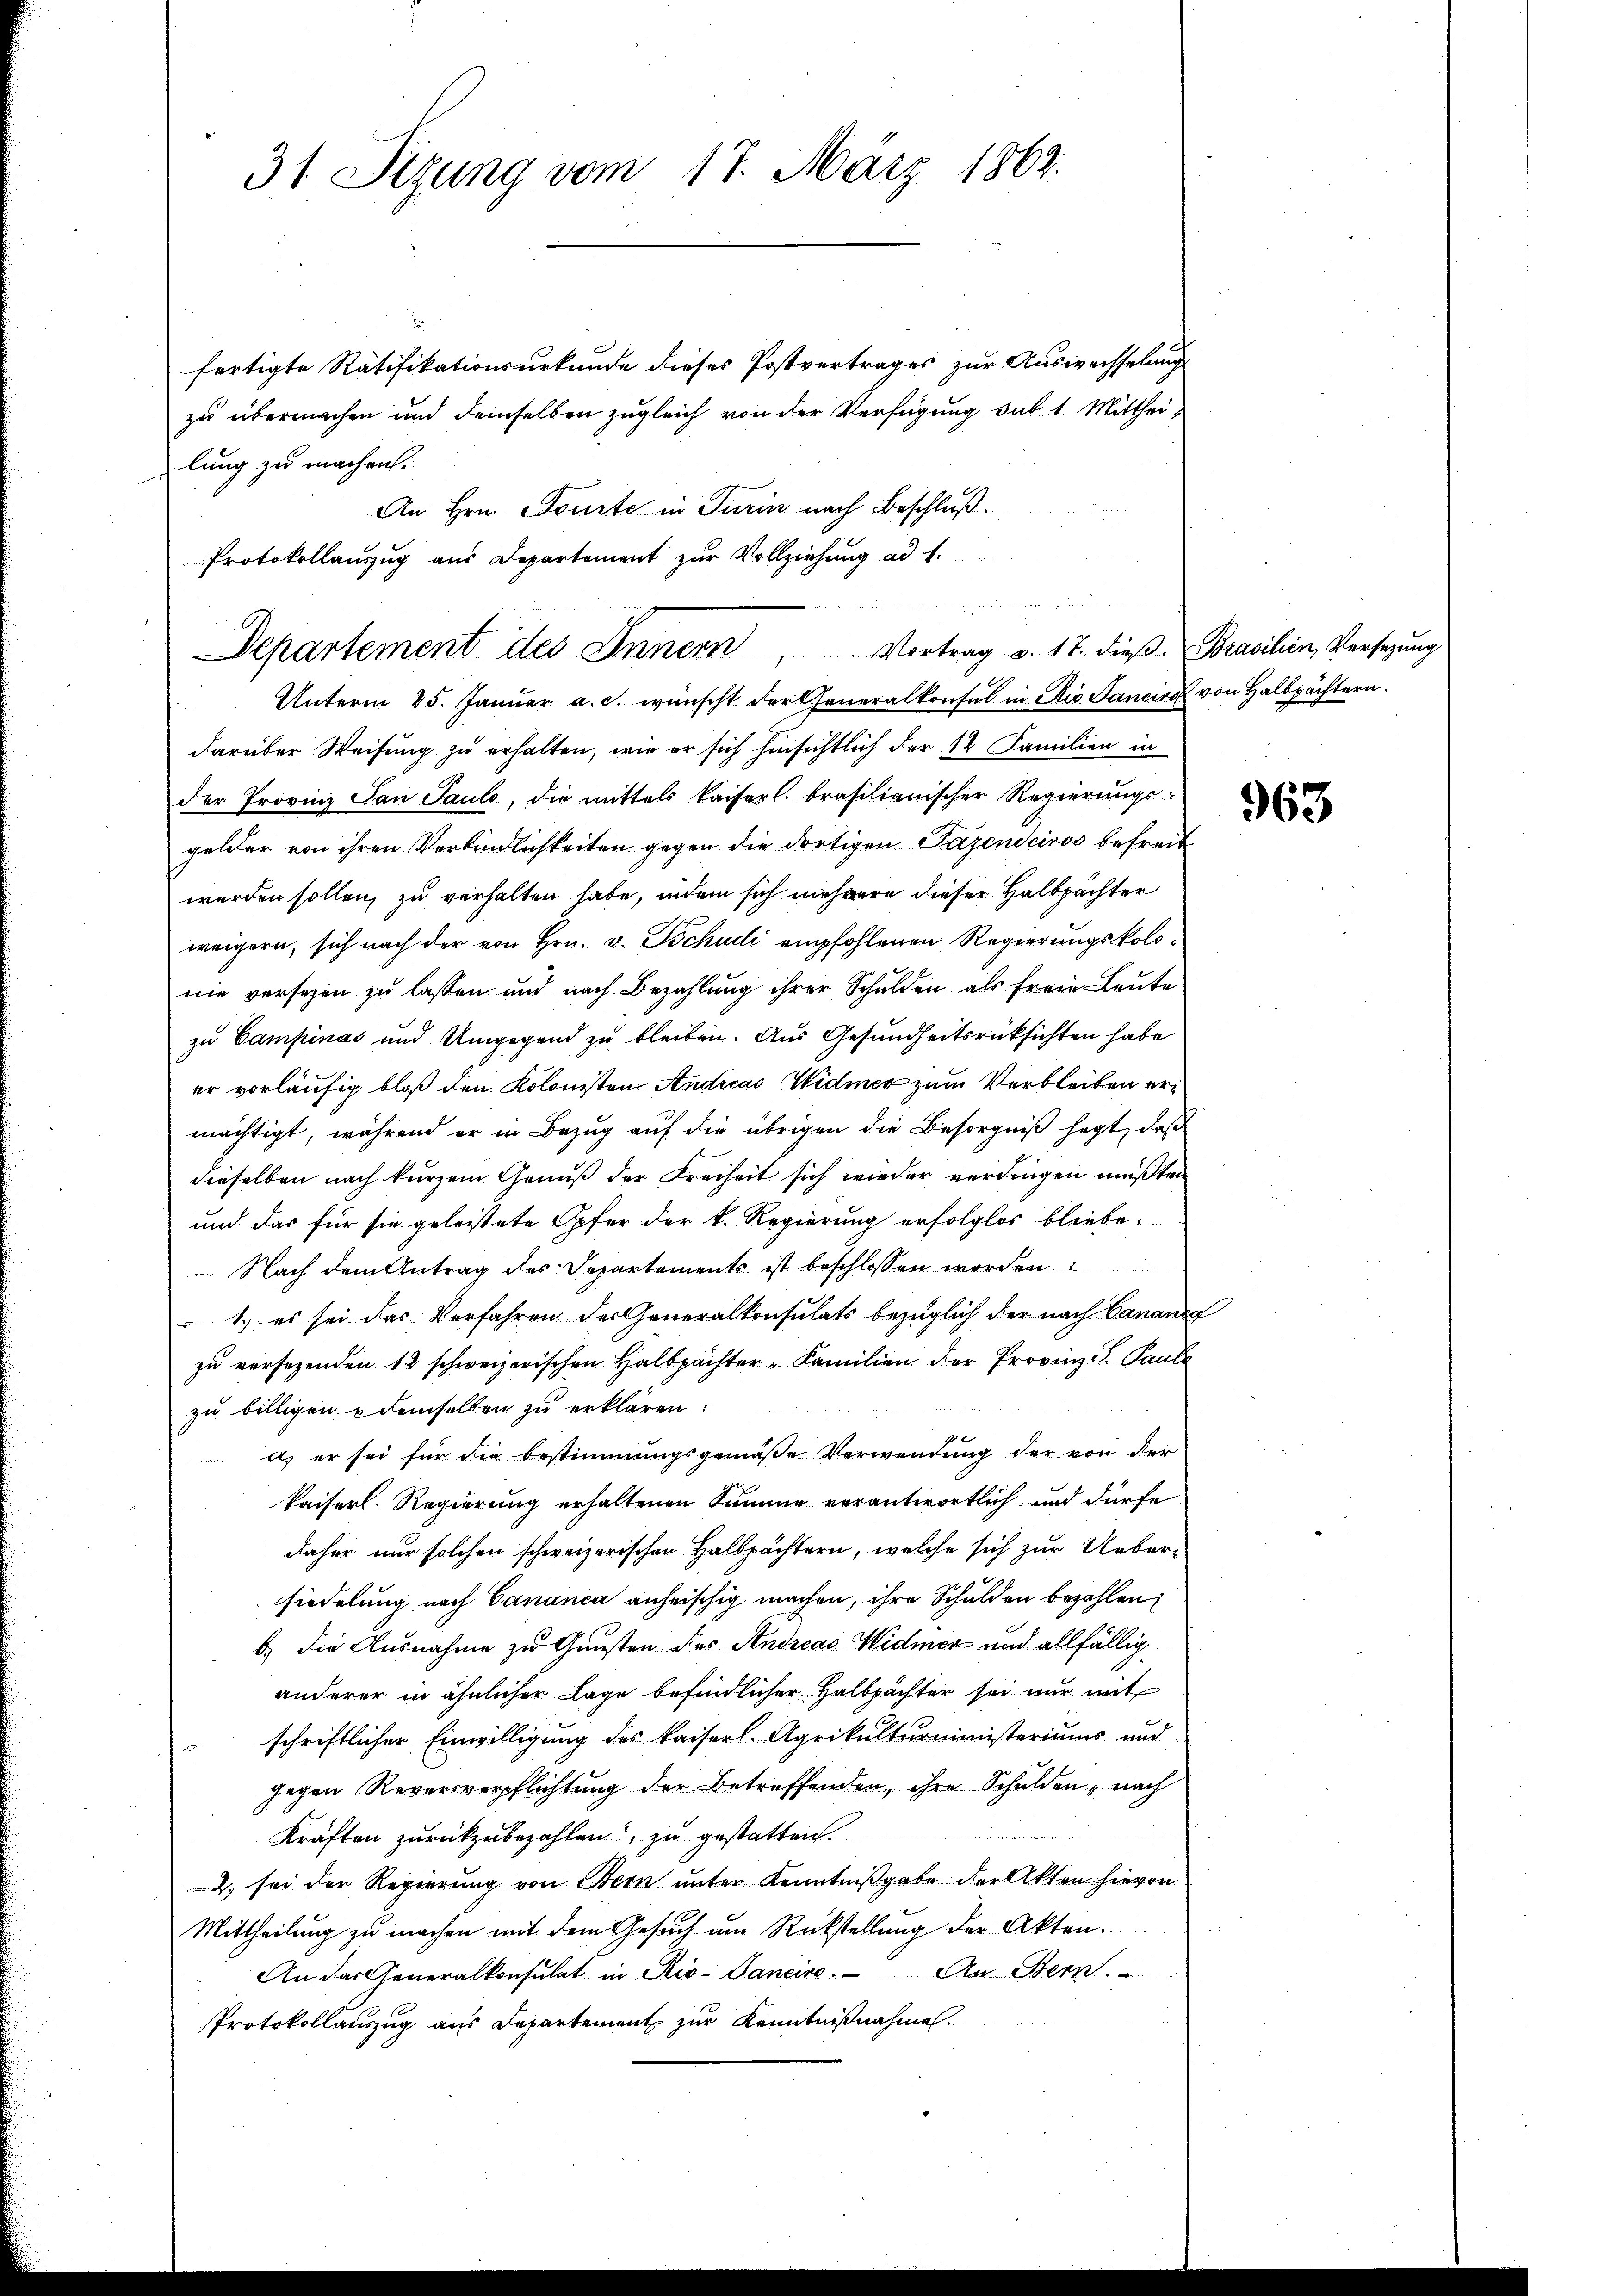
31 Sizung vom 17. März 1862.

fertigte Ratifikationsurkunde dieses Postvertrages zur Auswechselung
zu übermachen und demselben zugleich von der Verfügung sub 1. Mittheilung zu machen.
An Hrn. Tourte in Turin nach Beschluß
Unterm 25. Januar a. c. wünscht der Generalkonsul in die Sanciro von Halbpächtern.
darüber Weisung zu erhalten, wie er sich hinsichtlich der 12 Familien in
der Provinz San Saule, die mittels kaiserl. brasilianischer Regierungsgelder von ihren Verbindlichkeiten gegen die dortigen Fazendeisos befreit
werden sollen, zu verhalten habe, indem sich mehrere dieser Halbpächter
weigern, sich nach der von Hrn. v. Tschudi empfohlenen Regierungskolonie versezen zu lassen und nach Bezahlung ihrer Schulden als freie Leute
zu Campinas und Umgegend zu bleiben. Aus Gesundheitsrücksichten habe
er vorläufig bloß den Kolonisten Andicas Widmer zum Verbleiben ermächtigt, während er in Bezug auf die übrigen die Besorgniß sagt, daß
dieselben nach kurzem Genuß der Freiheit sich wieder verdingen mußten
und das für sie geleistete Opfer der k. Regierung erfolglos bliebe.
 Nach dem Antrag des Departements ist beschlossen worden
1.) es sei das Verfahren der Generalkonsulats bezüglich der nach Canang
zu versezenden 12 schweizerischen Halbpachter - Familien der Provinz S. Paul

zu billigen u demselben zu erklären:
a) er sei für die Bestimmungsgemäße Verwendung der von der
kaiserl. Regierung erhaltenen Summe verantwortlich und dürfe
daher nur solchen schweizerischen Halbpächtern, welche sich zur Uebersiedelung nach Cananca anheischig machen, ihre Schulden bezahlen;
b) die Ausnahme zu Gunsten des Andreas Widmer und allfällig
anderer in ähnlicher Lage befindlicher Halbpächter sei nur mit
schriftlicher Einwilligung des kaiserl. Agrikulturministeriums und
gegen Reversverpflichtung der Betreffenden, ihre Schulden, nach
Kräften zurückzubezahlen zu gestatten.
2) sei der Regierung von Bern unter Kenntnißgabe der Akten hievon
Mittheilung zu machen mit dem Gesuch um Rückstellung der Akten.
An das Generalkonsulat in Rio Sancire. An Bern.
Protokollauszug aus Departement zur Kenntnißnahme.

Protokollauszug aus Departement zur Vollziehung ad 1.
 u es in der meren u ver
Departement des Innern Vortrag v. 17. dieβ. Brasilien, Versezung

963